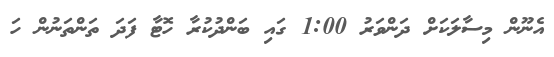
އެނޫން މިސާލަކަށް ދަންވަރު 1:00 ގައި ބަންދުކުރާ ހޮޓާ ފަދަ ތަންތަނުން ހަ